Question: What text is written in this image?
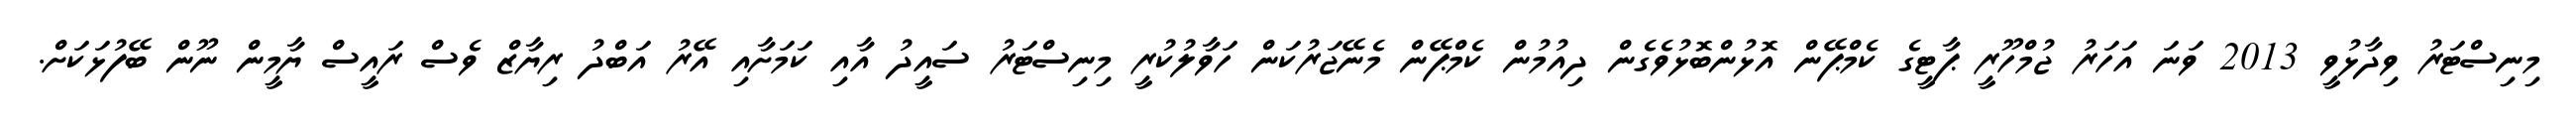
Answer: މިނިސްޓަރު ވިދާޅުވީ 2013 ވަނަ އަހަރު ޖުމްހޫރީ ޕާޓީގެ ކެމްޕޭން އޮޅުންބޮޅުވެގެން ދިއުމުން ކެމްޕޭން މެނޭޖަރުކަން ހަވާލުކުރީ މިނިސްޓަރު ސައީދު އާއި ކަމަށާއި އޭރު އަބްދު ރިޔާޒް ވެސް ރައީސް ޔާމީން ނޫން ބޭފުޅަކަށް.